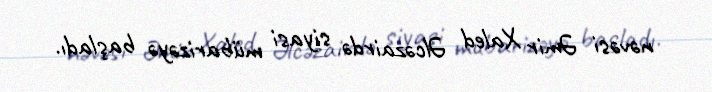
nəvəsi Əmir Xaled Əlcəzairdə siyasi mübarizəyə başladı.